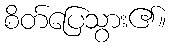
စိတ်ပြေသွား၏။